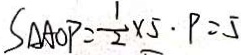
S _ { \Delta A O P } = \frac { 1 } { 2 } \times 5 \cdot P = 5